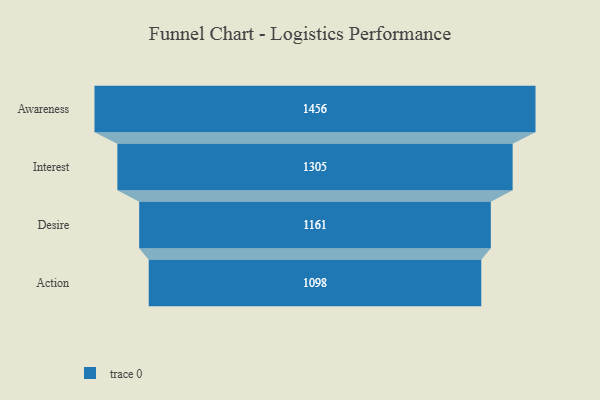
{"axis": {"x": "Stage", "y": "Value"}, "legend": [""], "data": [{"x": "Awareness", "y": 1456.0, "type": ""}, {"x": "Interest", "y": 1305.0, "type": ""}, {"x": "Desire", "y": 1161.0, "type": ""}, {"x": "Action", "y": 1098.0, "type": ""}]}